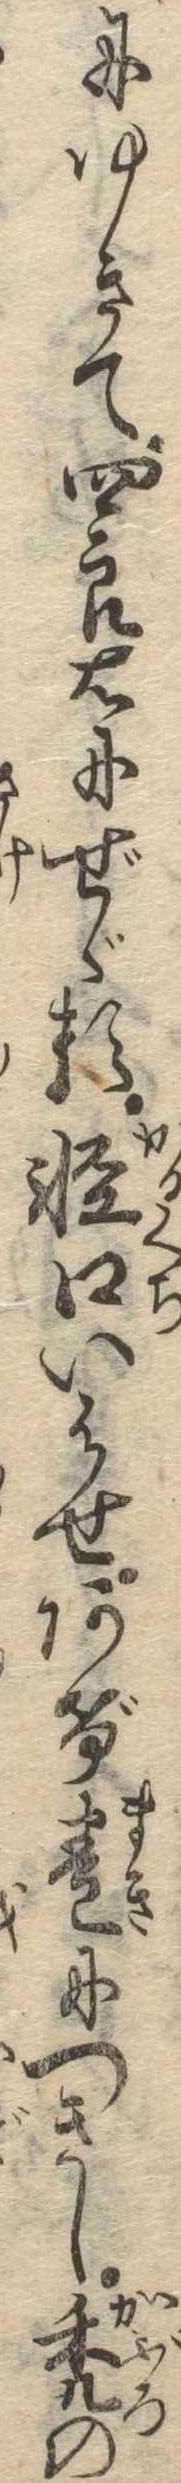
にゆきて四郎右にぜゞる軽口いはせあげ巻につきし禿の